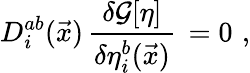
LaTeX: D_{i}^{ab}(\vec{x})\, \frac{\delta{\cal G}[\eta]}{\delta\eta_{i}^{b}(\vec{x})}\, =0\, \, ,